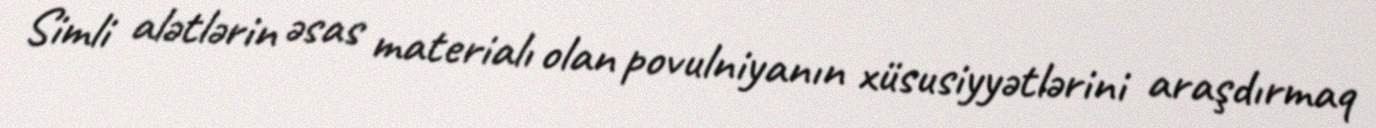
Simli alətlərin əsas materialı olan povulniyanın xüsusiyyətlərini araşdırmaq